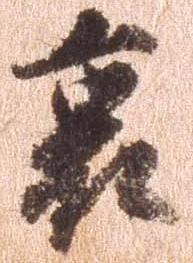
裏